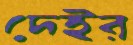
দেইর